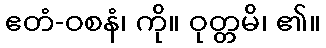
ဧတံ-ဝစနံ၊ ကို။ ဝုတ္တမိ၊ ၏။